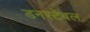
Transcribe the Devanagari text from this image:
डनस्टेबल